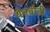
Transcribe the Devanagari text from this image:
येनबोडी